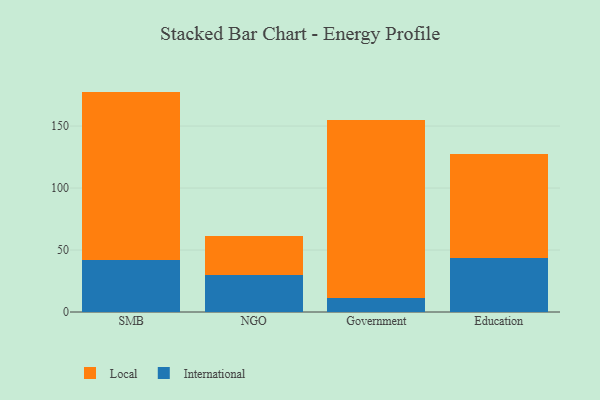
{"axis": {"x": "Segment", "y": "Customer Acquisition Cost (USD)"}, "legend": ["International", "Local"], "data": [{"x": "SMB", "y": 41.6, "type": "International"}, {"x": "SMB", "y": 136.2, "type": "Local"}, {"x": "NGO", "y": 29.8, "type": "International"}, {"x": "NGO", "y": 31.7, "type": "Local"}, {"x": "Government", "y": 11.0, "type": "International"}, {"x": "Government", "y": 144.2, "type": "Local"}, {"x": "Education", "y": 43.9, "type": "International"}, {"x": "Education", "y": 83.8, "type": "Local"}]}